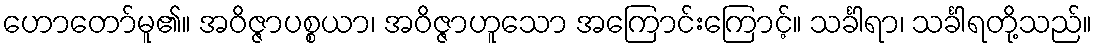
ဟောတော်မူ၏။ အဝိဇ္ဇာပစ္စယာ၊ အဝိဇ္ဇာဟူသော အကြောင်းကြောင့်။ သင်္ခါရာ၊ သင်္ခါရတို့သည်။